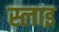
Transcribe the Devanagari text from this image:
स्लाइ